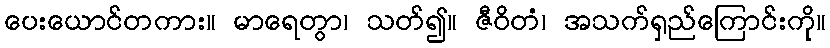
ပေးယောင်တကား။ မာရေတွာ၊ သတ်၍။ ဇီဝိတံ၊ အသက်ရှည်ကြောင်းကို။